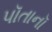
પૉતાનૉ